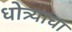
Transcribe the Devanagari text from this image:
धोत्र्याचा